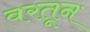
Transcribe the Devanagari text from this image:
वरतून